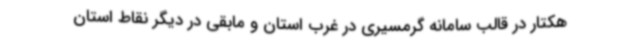
هکتار در قالب سامانه گرمسیری در غرب استان و مابقی در دیگر نقاط استان